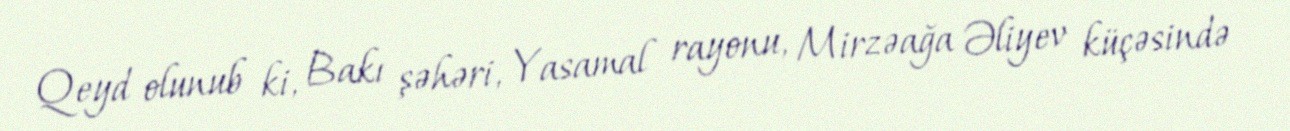
Qeyd olunub ki, Bakı şəhəri, Yasamal rayonu, Mirzəağa Əliyev küçəsində